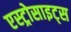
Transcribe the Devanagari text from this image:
एस्ट्रोसाइट्स